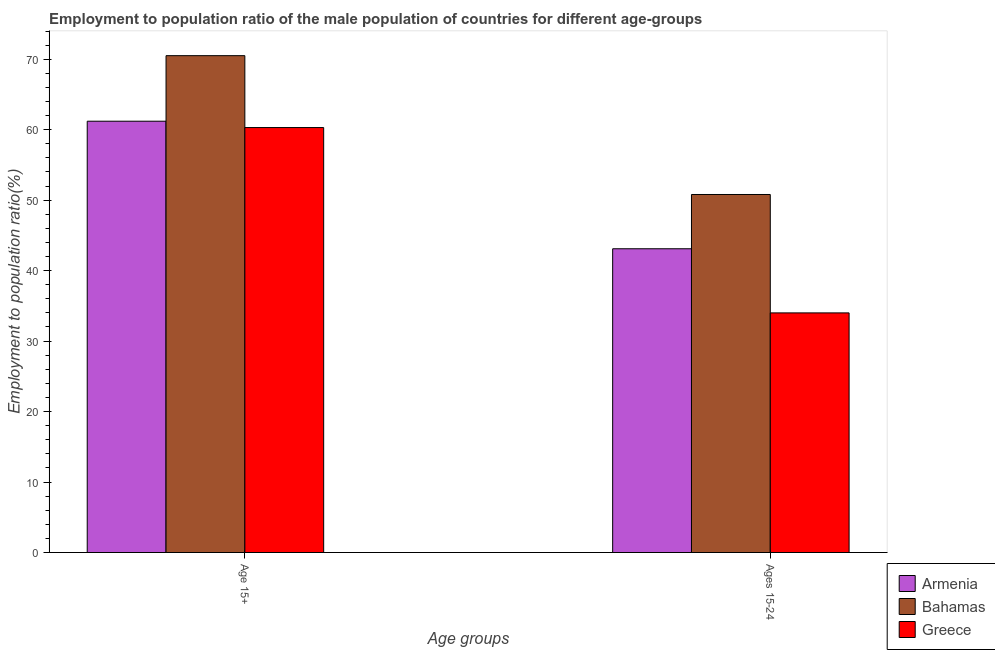
| Age groups | Armenia | Bahamas | Greece |
 | --- | --- | --- | --- |
 | Age 15+ | 61.2 | 70.5 | 60.3 |
 | Ages 15-24 | 43.1 | 50.8 | 34 |